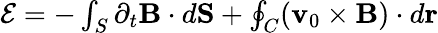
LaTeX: \begin{array}{r}{{\cal E}=-\int_{S}\partial_{t}{\mathbf B}\cdot d{\mathbf S}+\oint_{C}({\mathbf v}_{0}\times{\mathbf B})\cdot d{\mathbf r}}\end{array}